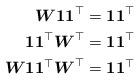
LaTeX: \begin{align*}\begin{aligned}\boldsymbol{W}\boldsymbol{1}\boldsymbol{1}^\top = \boldsymbol{1}\boldsymbol{1}^\top\\\boldsymbol{1}\boldsymbol{1}^\top\boldsymbol{W}^\top = \boldsymbol{1}\boldsymbol{1}^\top\\\boldsymbol{W}\boldsymbol{1}\boldsymbol{1}^\top\boldsymbol{W}^\top = \boldsymbol{1}\boldsymbol{1}^\top\end{aligned}\end{align*}